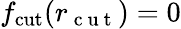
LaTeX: f_{\mathrm{cut}}({r_{\mathrm{~c~u~t~}}})=0